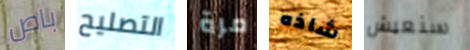
باص التصليح مرة شاذه سنعيش